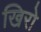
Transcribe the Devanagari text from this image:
खिरो